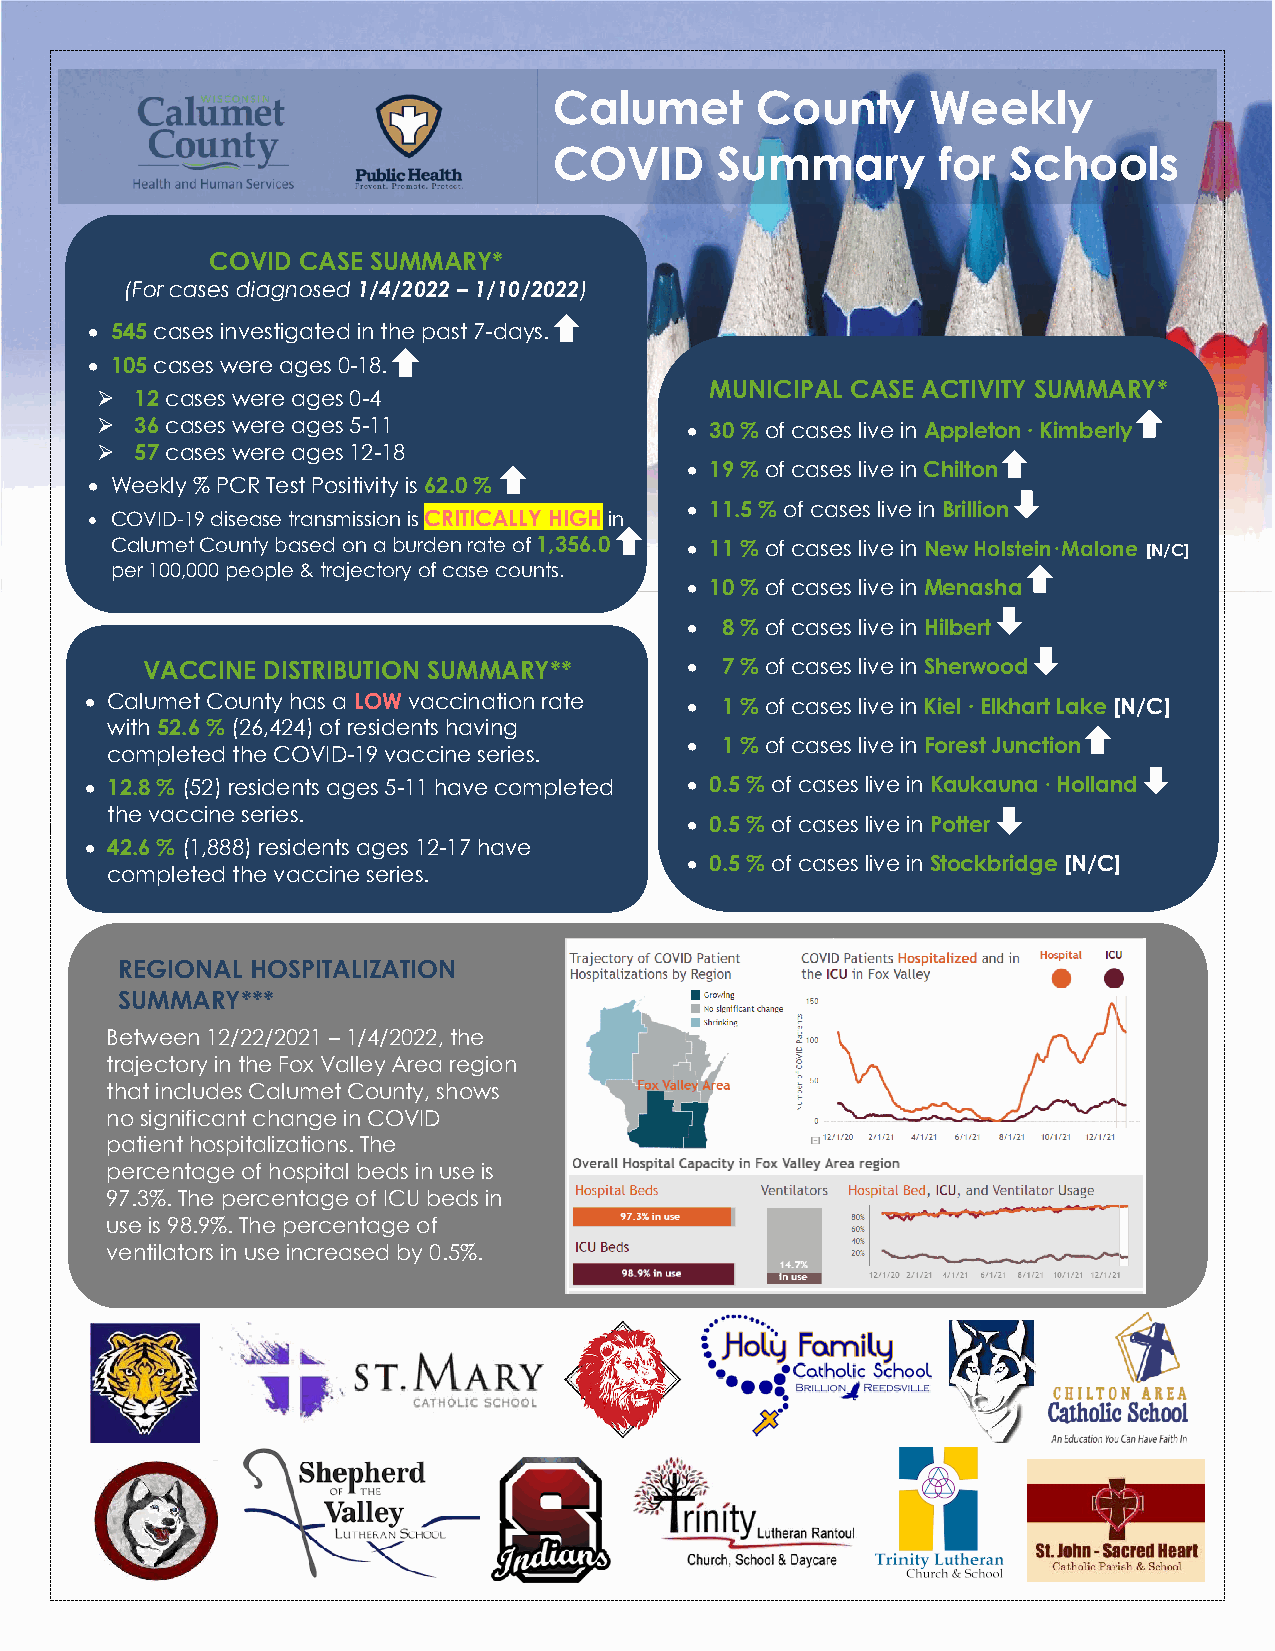
Calumet      County      Weekly
 COVID     Summary        for  Schools
 COVID CASE SUMMARY*
 (For cases diagnosed 1/4/2022 – 1/10/2022)
  545 cases investigated in the past 7-days.
  105 cases were ages 0-18.
 MUNICIPAL CASE ACTIVITY SUMMARY*
   12 cases were ages 0-4
   36 cases were ages 5-11              30 % of cases live in Appleton ∙ Kimberly
   57 cases were ages 12-18
  19 % of cases live in Chilton
  Weekly % PCR Test Positivity is 62.0 %
  11.5 % of cases live in Brillion
  COVID-19 disease transmission is CRITICALLY HIGH in
 Calumet County based on a burden rate of 1,356.0  11 % of cases live in New Holstein∙Malone [N/C]
 per 100,000 people & trajectory of case counts.
  10 % of cases live in Menasha
   8 % of cases live in Hilbert
 VACCINE DISTRIBUTION SUMMARY**        7 % of cases live in Sherwood
  Calumet County has a LOW vaccination rate  1 % of cases live in Kiel ∙ Elkhart Lake [N/C]
 with 52.6 % (26,424) of residents having
   1 % of cases live in Forest Junction
 completed the COVID-19 vaccine series.
  12.8 % (52) residents ages 5-11 have completed  0.5 % of cases live in Kaukauna ∙ Holland
 the vaccine series.
  0.5 % of cases live in Potter
  42.6 % (1,888) residents ages 12-17 have
  0.5 % of cases live in Stockbridge [N/C]
 completed the vaccine series.
 REGIONAL HOSPITALIZATION
 SUMMARY***
 Between 12/22/2021 – 1/4/2022, the
 trajectory in the Fox Valley Area region
 that includes Calumet County, shows
 no significant change in COVID
 patient hospitalizations. The
 percentage of hospital beds in use is
 97.3%. The percentage of ICU beds in
 use is 98.9%. The percentage of
 ventilators in use increased by 0.5%.